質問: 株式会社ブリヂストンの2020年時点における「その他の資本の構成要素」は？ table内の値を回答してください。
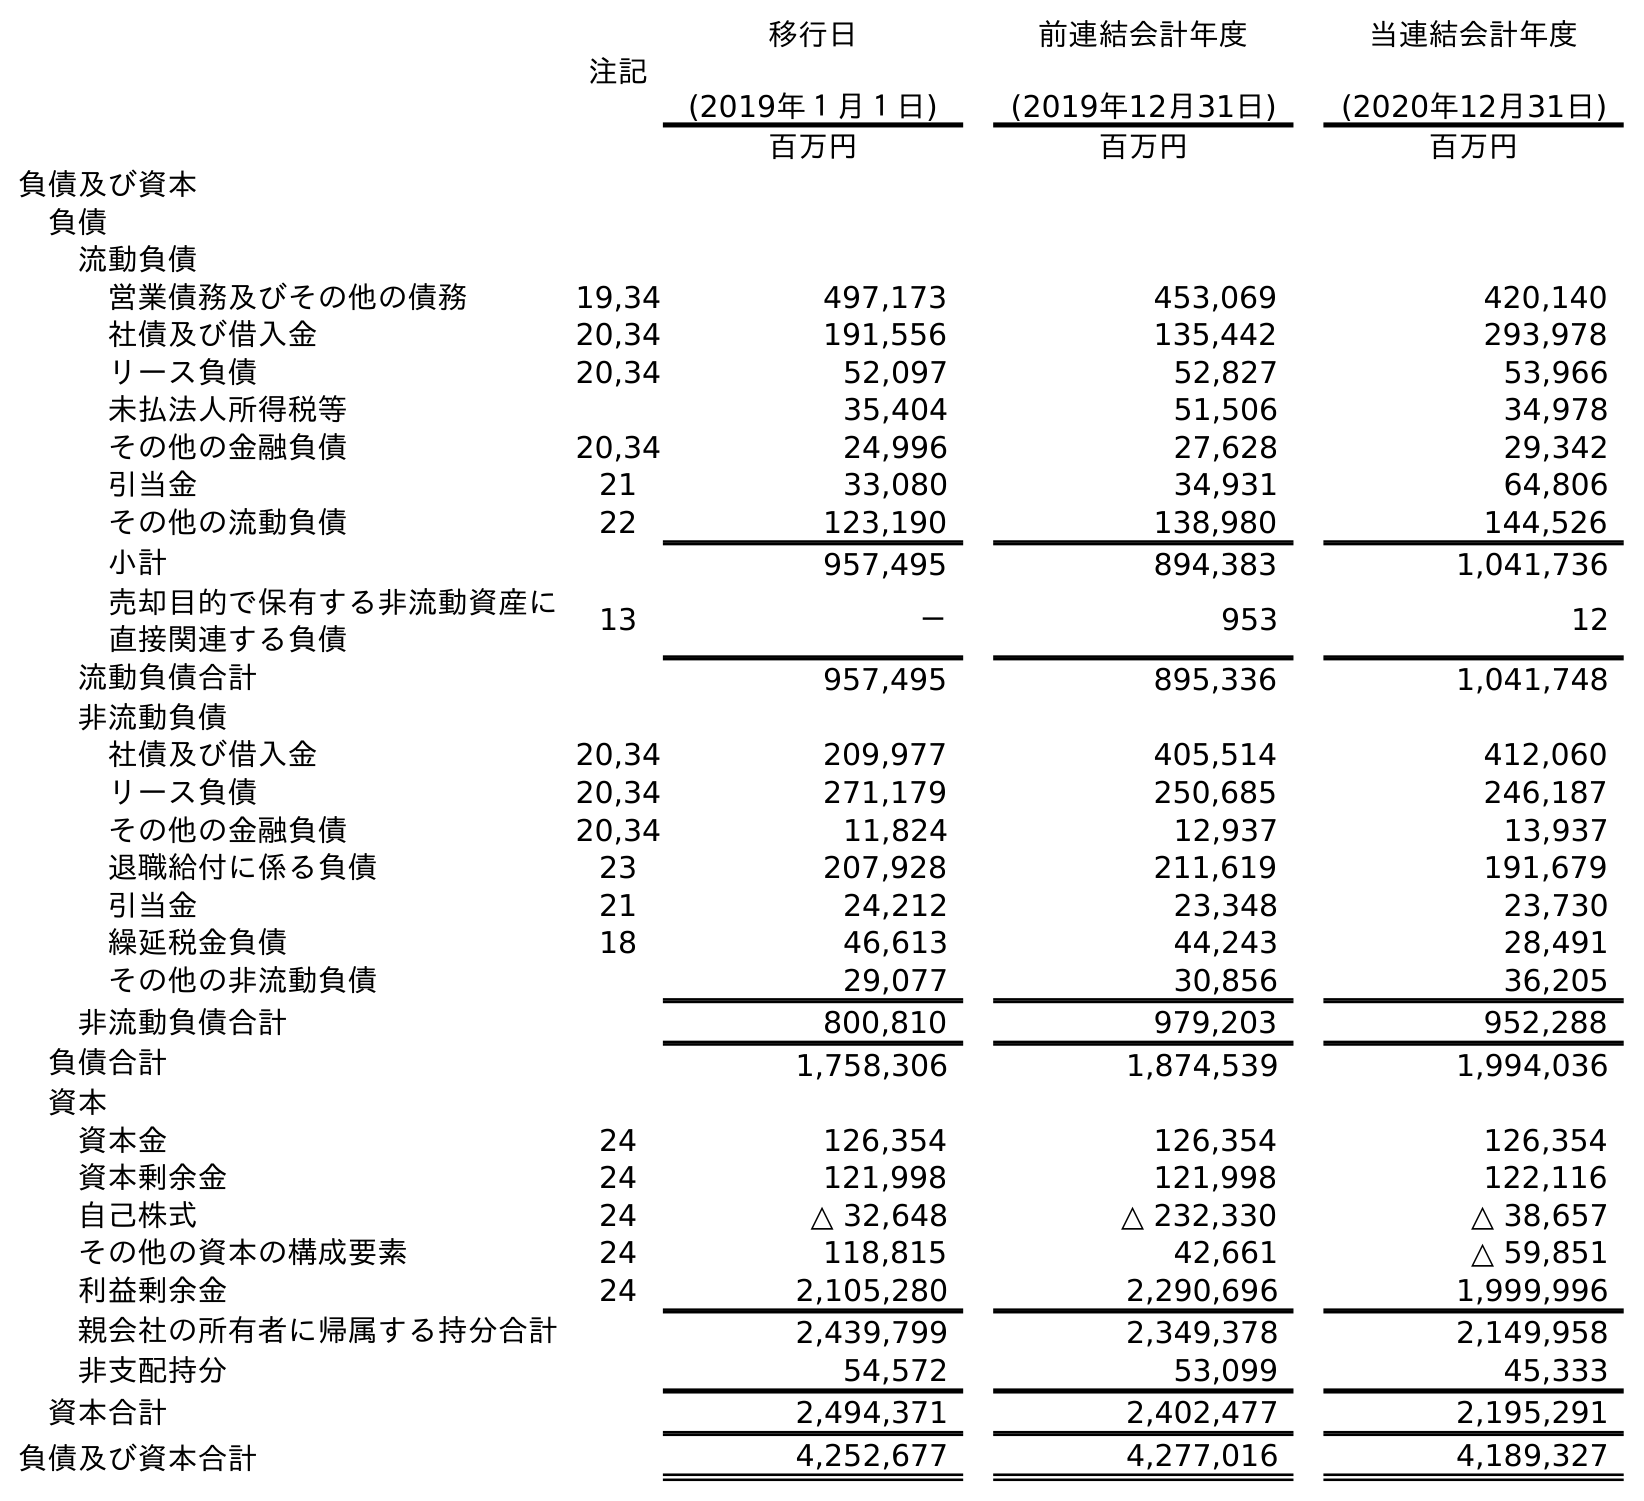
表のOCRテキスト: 注記 移行日 (2019年１月１日) 前連結会計年度 (2019年12月31日) 当連結会計年度 (2020年12月31日) 百万円 百万円 百万円 負債及び資本 負債 流動負債 営業債務及びその他の債務 19,34 497,173 453,069 420,140 社債及び借入金 20,34 191,556 135,442 293,978 リース負債 20,34 52,097 52,827 53,966 未払法人所得税等 35,404 51,506 34,978 その他の金融負債 20,34 24,996 27,628 29,342 引当金 21 33,080 34,931 64,806 その他の流動負債 22 123,190 138,980 144,526 小計 957,495 894,383 1,041,736 売却目的で保有する非流動資産に 直接関連する負債 13 － 953 12 流動負債合計 957,495 895,336 1,041,748 非流動負債 社債及び借入金 20,34 209,977 405,514 412,060 リース負債 20,34 271,179 250,685 246,187 その他の金融負債 20,34 11,824 12,937 13,937 退職給付に係る負債 23 207,928 211,619 191,679 引当金 21 24,212 23,348 23,730 繰延税金負債 18 46,613 44,243 28,491 その他の非流動負債 29,077 30,856 36,205 非流動負債合計 800,810 979,203 952,288 負債合計 1,758,306 1,874,539 1,994,036 資本 資本金 24 126,354 126,354 126,354 資本剰余金 24 121,998 121,998 122,116 自己株式 24 △ 32,648 △ 232,330 △ 38,657 その他の資本の構成要素 24 118,815 42,661 △ 59,851 利益剰余金 24 2,105,280 2,290,696 1,999,996 親会社の所有者に帰属する持分合計 2,439,799 2,349,378 2,149,958 非支配持分 54,572 53,099 45,333 資本合計 2,494,371 2,402,477 2,195,291 負債及び資本合計 4,252,677 4,277,016 4,189,327
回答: △59,851